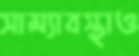
সাম্যাবস্থাও